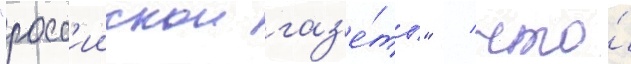
"росс'иискои газ'е́ты" / что́